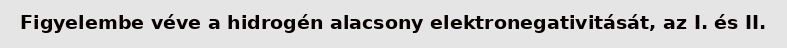
Figyelembe véve a hidrogén alacsony elektronegativitását, az I. és II.